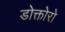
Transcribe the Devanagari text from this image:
डोक्तोरो